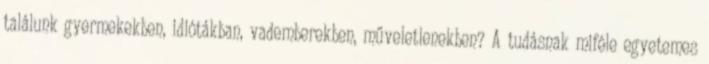
találunk gyermekekben, idiótákban, vademberekben, műveletlenekben? A tudásnak miféle egyetemes